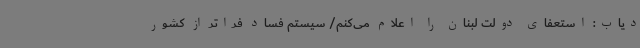
دیاب: استعفای دولت لبنان را اعلام می‌کنم/ سیستم فساد فراتر از کشور